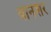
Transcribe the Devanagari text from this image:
वर्निशर